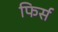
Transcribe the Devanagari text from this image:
फिर्स